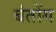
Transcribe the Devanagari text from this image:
बंतोंग